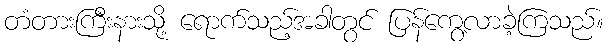
တံတားကြီးနားသို့ ရောက်သည့်အခါတွင် ပြန်ကွေ့လာခဲ့ကြသည်။